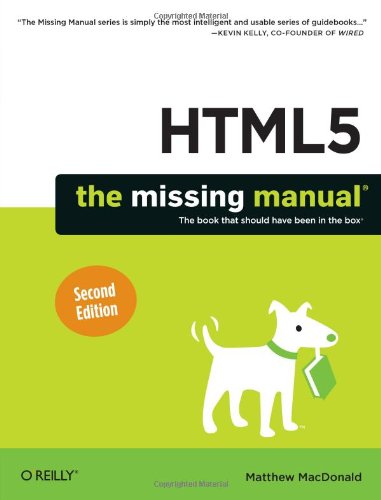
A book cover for HTML5: The Missing Manual; Matthew MacDonald; Computers & Technology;